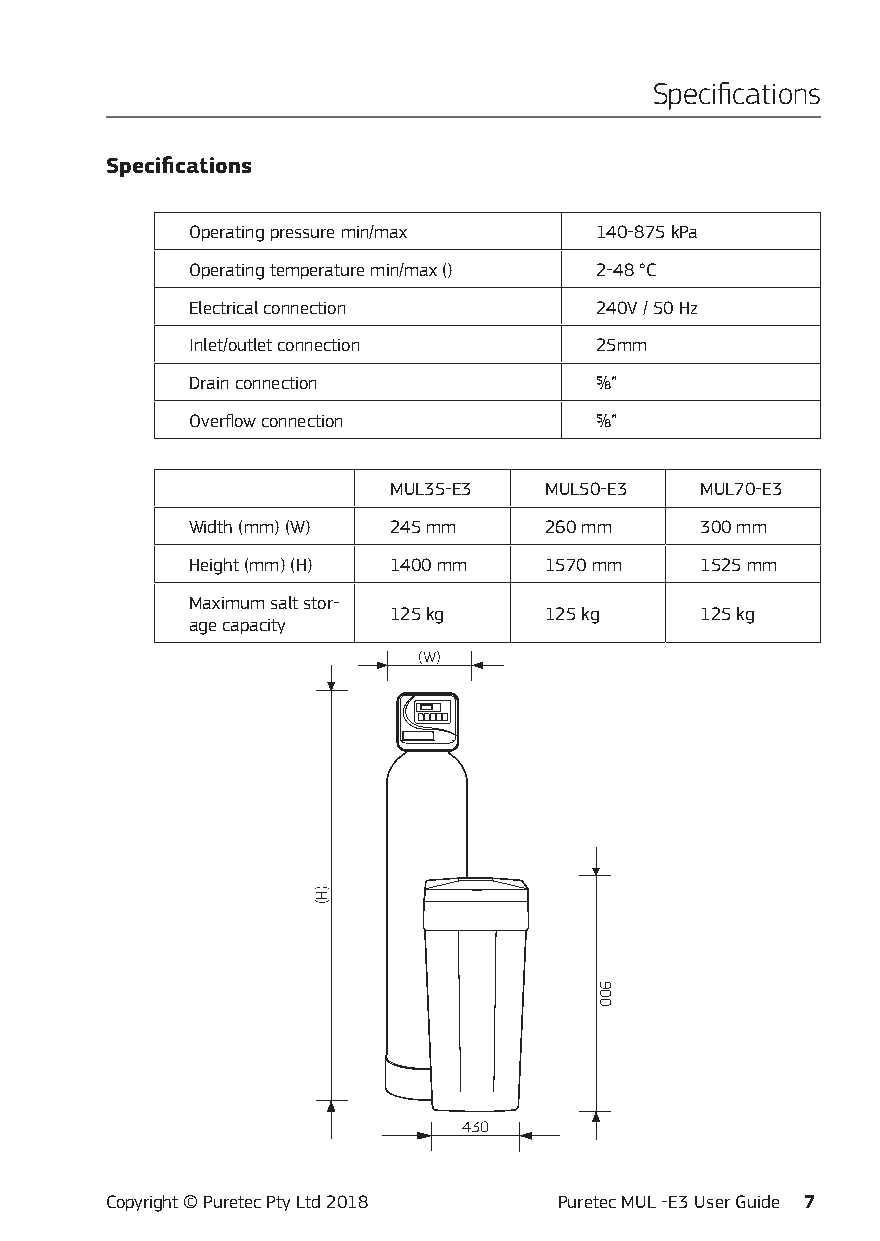
Specifications
 Specifications
 Operating pressure min/max 140-875 kPa
 Operating temperature min/max () 2-48 °C
 Electrical connection     240V / 50 Hz
 Inlet/outlet connection   25mm
 Drain connection          ⅝”
 Overflow connection       ⅝”
 MUL35-E3  MUL50-E3  MUL70-E3
 Width (mm) (W) 245 mm  260 mm    300 mm
 Height (mm) (H) 1400 mm 1570 mm  1525 mm
 Maximum salt stor-
 125 kg    125 kg    125 kg
 age capacity
 (W)
 430
 Copyright © Puretec Pty Ltd 2018 Puretec MUL -E3 User Guide 7
 )H(
 900